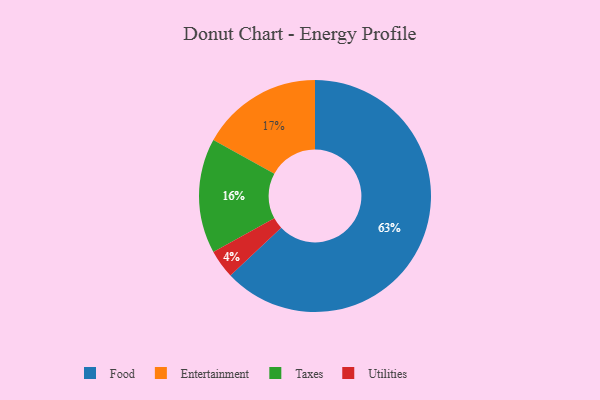
{"axis": {"x": "Category", "y": "Percentage"}, "legend": ["Entertainment", "Food", "Taxes", "Utilities"], "data": [{"x": "Entertainment", "y": 17, "type": "Entertainment"}, {"x": "Food", "y": 63, "type": "Food"}, {"x": "Taxes", "y": 16, "type": "Taxes"}, {"x": "Utilities", "y": 4, "type": "Utilities"}]}